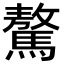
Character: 驁